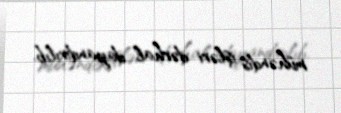
mühəndis işləri dərhal dayandırılıb.